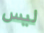
ليس